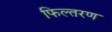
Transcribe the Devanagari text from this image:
फिल्तरण